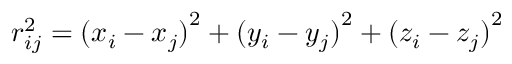
r _ { i j } ^ { 2 } = { ( x _ { i } - x _ { j } ) } ^ { 2 } + { ( y _ { i } - y _ { j } ) } ^ { 2 } + { ( z _ { i } - z _ { j } ) } ^ { 2 }